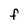
Character: f